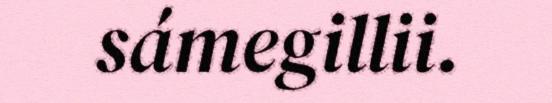
sámegillii.